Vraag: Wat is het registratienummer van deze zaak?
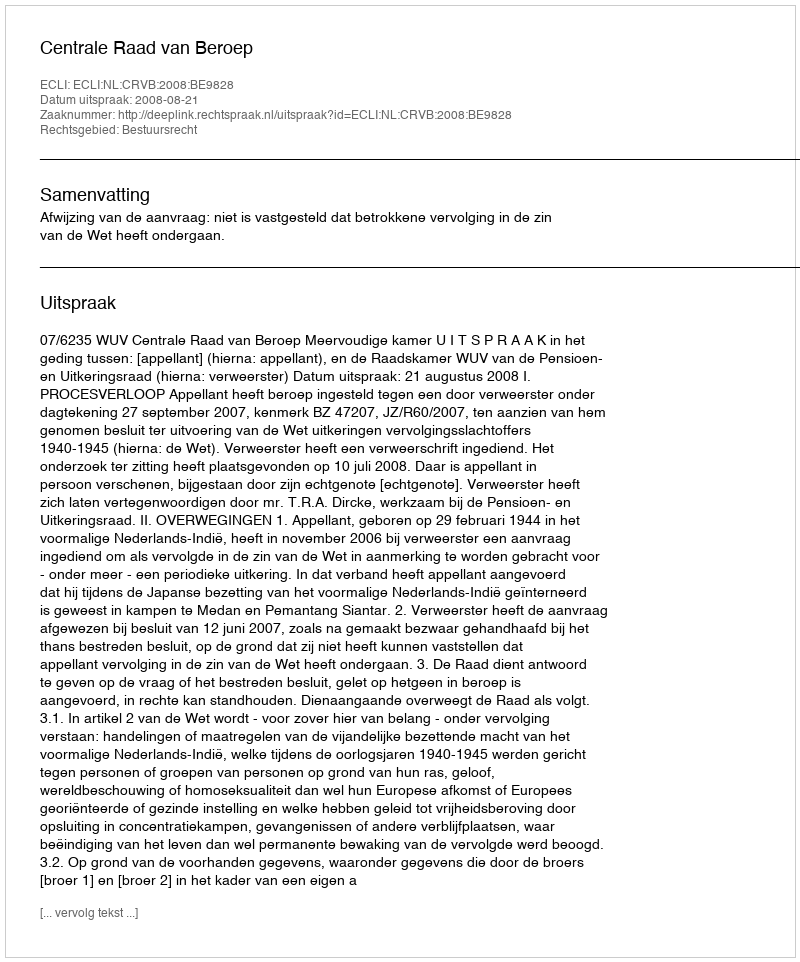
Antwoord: http://deeplink.rechtspraak.nl/uitspraak?id=ECLI:NL:CRVB:2008:BE9828